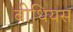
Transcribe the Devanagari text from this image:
बीथियस